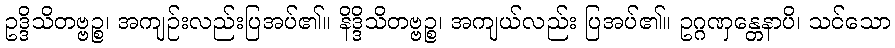
ဥဒ္ဒိသိတဗ္ဗဉ္စ၊ အကျဉ်းလည်းပြအပ်၏။ နိဒ္ဒိသိတဗ္ဗဉ္စ၊ အကျယ်လည်း ပြအပ်၏။ ဥဂ္ဂဏှန္တေနာပိ၊ သင်သော